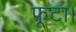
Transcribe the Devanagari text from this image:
फूटा।